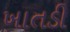
ખાતડી